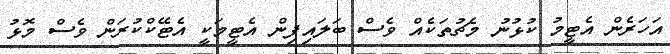
އަހަރެން އެޓީމު ކުޅުނު މެޗުތަކެއް ވެސް ބަލައިފިން އެޓީމަކީ އެޓޭކްކުރަން ވެސް މޮޅު